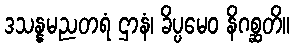
ဒသန္နမညတရံ ဌာနံ၊ ခိပ္ပမေဝ နိဂစ္ဆတိ။